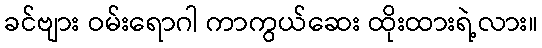
ခင်ဗျား ဝမ်းရောဂါ ကာကွယ်ဆေး ထိုးထားရဲ့လား။